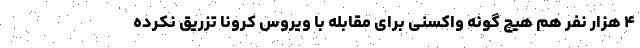
۴ هزار نفر هم هیچ گونه واکسنی برای مقابله با ویروس کرونا تزریق نکرده